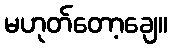
မဟုတ်တော့ချေ။